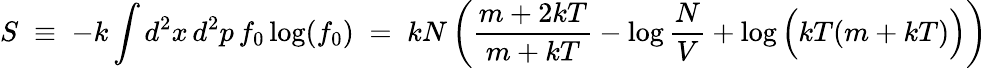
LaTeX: S\; \equiv\; -k\int d^{2}x\, d^{2}p\, f_{0}\log(f_{0})\; =\; kN\left(\frac{m+2kT}{m+kT}-\log\frac{N}{V}+\log\Big(kT(m+kT)\Big)\right)